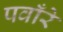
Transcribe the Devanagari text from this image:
पवाँरे